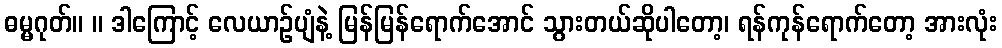
ဓမ္မဂုတ်။ ။ ဒါကြောင့် လေယာဉ်ပျံနဲ့ မြန်မြန်ရောက်အောင် သွားတယ်ဆိုပါတော့၊ ရန်ကုန်ရောက်တော့ အားလုံး